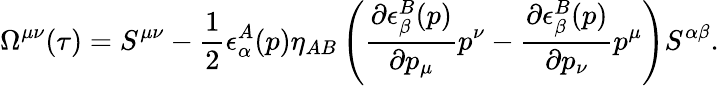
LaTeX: \Omega^{\mu\nu}(\tau)=S^{\mu\nu}-\frac{1}{2}\epsilon_{\alpha}^{A}(p)\eta_{AB}\left(\frac{\partial\epsilon_{\beta}^{B}(p)}{\partial p_{\mu}}p^{\nu}-\frac{\partial\epsilon_{\beta}^{B}(p)}{\partial p_{\nu}}p^{\mu}\right)S^{\alpha\beta}.